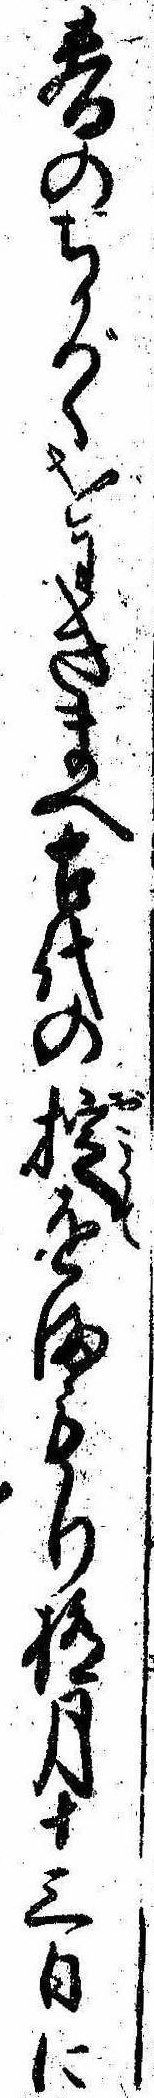
春のちかづくをわきまへ古代の掟をまもり極月十三日に